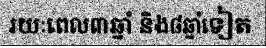
រយៈពេល៣ឆ្នាំ និង៨ឆ្នាំទៀត